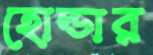
হোল্ডার